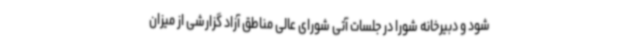
شود و دبیرخانه شورا در جلسات آتی شورای عالی مناطق آزاد گزارشی از میزان